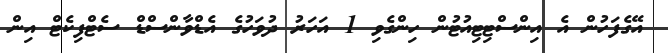
އޭގެފަހުން އެ އިންސްޓިޓިއުޓުން ހިންގެވި 1 އަހަރު ދުވަހުގެ އެޑްވާންސްޑް ސެޓްފިކެޓް އިން